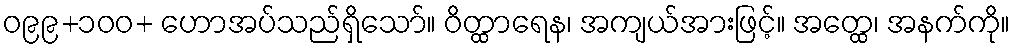
ဝ၉၉+၁၀၀+ ဟောအပ်သည်ရှိသော်။ ဝိတ္ထာရေန၊ အကျယ်အားဖြင့်။ အတ္ထေ၊ အနက်ကို။